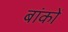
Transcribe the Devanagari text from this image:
बांकों